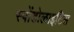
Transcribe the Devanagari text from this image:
स्पोंडोलाइटिस